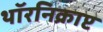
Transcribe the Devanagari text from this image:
थॉरनिक्राप्ट